Vaccination in the Punjab 1919-1929 - 1919-1929
Year: 1919
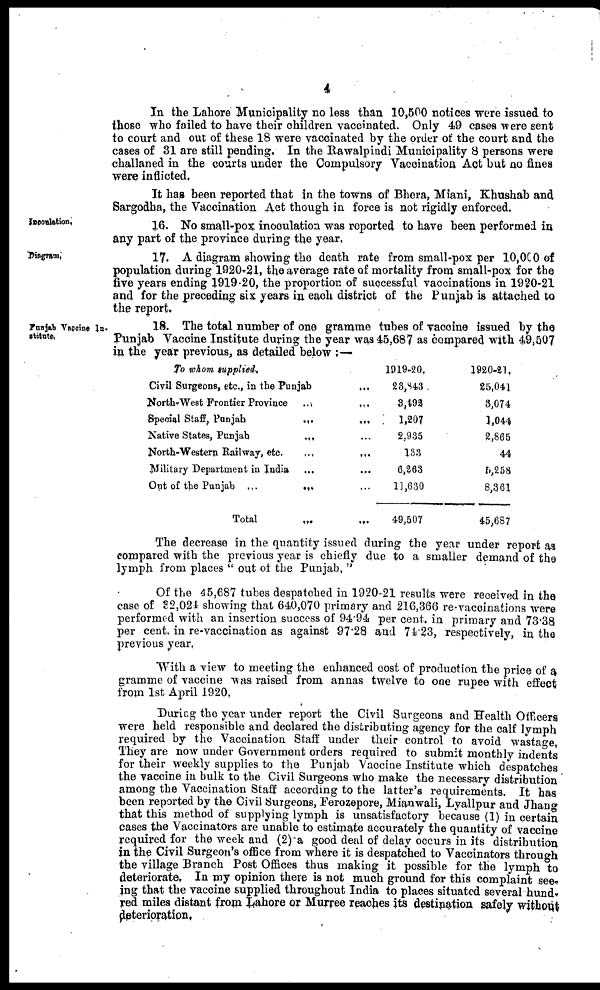
4
In the Lahore Municipality no less than 10,500 notices were issued to
those who failed to have their children vaccinated. Only 49 cases were sent
to court and out of these 18 were vaccinated by the order of the court and the
cases of 31 are still pending. In the Rawalpindi Municipality 8 persons were
challaned in the courts under the Compulsory Vaccination Act but no fines
were inflicted,
It has been reported that in the towns of Bhera, Miani, Khushab and
Sargodha, the Vaccination Act though in force is not rigidly enforced.
Inoculation.
16. No small-pox inpoulation was reported to have been performed in
any part of the province during the year,
Diagram,
17. A diagram showing the death rate from small-pox per 10,000 of
population during 1920-21, the average rate of mortality from small-pox for the
five years ending 1919-20, the proportion of successful vaccinations in 1920-21
and for the preceding six years in each district of the Punjab is attached to
the report.
Punjab Vaccine In-
stitute.
18. The total number of one gramme tubes of vaccine issued by the,
Punjab Vaccine Institute during the year was 45,687 as compared with 49,507
in the year previous, as detailed below :—
To whom supplied.
Civil Surgeons, etc., in the Punjab
North-West Frontier Province
...
Special Staff, Punjab
...
Native States, Punjab
...
North-Western Railway, etc. ...
Military Department in India ...
Out of the Punjab ...
...
Total
1919-20.
23,843
3,193
1,207
2.935
133
6,263
11,630
49,507
1920-21,
25,041
3,074
1,044
2,865
44
5,258
8,361
45,687
The decrease in the quantity issued during the year under report as
compared with the previous year is chiefly due to a smaller demand of the
lymph from places " out of the Punjab, "
Of the 45,687 tubes despatched in 1920-21 results were received in the.
case of 32,024 showing that 64.0,070 primary and 216,366 re-vaccinations were
performed with an insertion success of 94.94 per cent, in primary and 73.38
per cent. in re-vaccination as against 97.28 and 71.23, respectively, in the
previous year,
With a view to meeting the enhanced cost of production the price of a
gramme of vaccine was raised from annas twelve to one rupee with effect
from 1st April 1920,
During the year under report the Civil Surgeons and Health Officers
were held responsible and declared the distributing agency for the calf lymph
required by the Vaccination Staff under their control to avoid wastage,
They are now under Government orders required to submit monthly indents
for their weekly supplies to the Punjab Vaccine Institute which despatches
the vaccine in bulk to the Civil Surgeons who make the necessary distribution
among the Vaccination Staff according to the latter's requirements. It has
been reported by the Civil Surgeons, Ferozepore, Mianwali, Lyallpur and Jhang
that this method of supplying lymph is unsatisfactory because (1) in certain
cases the Vaccinators are unable to estimate accurately the quantity of vaccine
required for the week and (2)"a good deal of delay occurs in its distribution
in the Civil Surgeon's office from where it is despatched to Vaccinators through
the village Branch Post Offices thus making it possible for the lymph to
deteriorate. In my opinion there is not much ground for this complaint see-
ing that the vaccine supplied throughout India to places situated several hund-
red miles distant from Lahore or Murree reaches its destination safely without
deterioration,